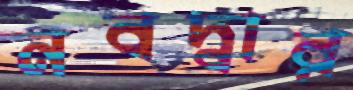
নবদ্বার